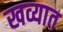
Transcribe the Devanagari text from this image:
खव्यात